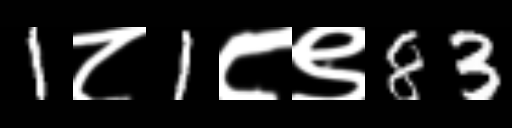
Text: 1८1८९83